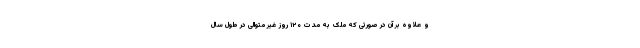
و علاوه بر آن در صورتی که ملک به مدت ۱۲۰ روز غیر متوالی در طول سال